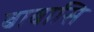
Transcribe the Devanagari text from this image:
बाबासि